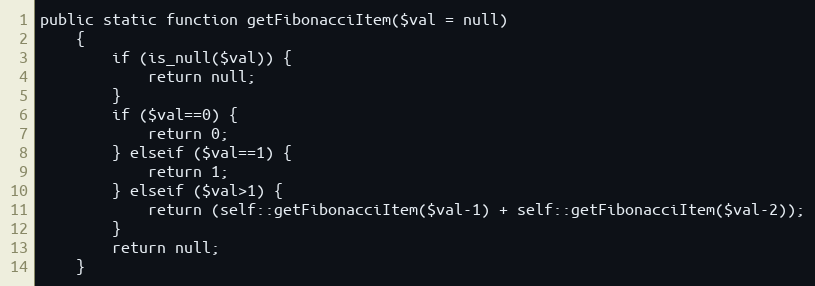
Language: PHP
public static function getFibonacciItem($val = null)
    {
        if (is_null($val)) {
            return null;
        }
        if ($val==0) {
            return 0;
        } elseif ($val==1) {
            return 1;
        } elseif ($val>1) {
            return (self::getFibonacciItem($val-1) + self::getFibonacciItem($val-2));
        }
        return null;
    }